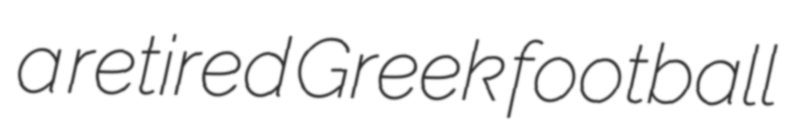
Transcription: a retired Greek football